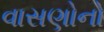
વાસણોનો